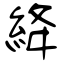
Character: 絳